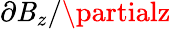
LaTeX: \partial\mathit{B}_{z}/\partialz